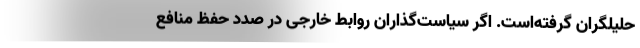
حلیلگران گرفته‌است. اگر سیاست‌گذاران روابط خارجی در صدد حفظ منافع